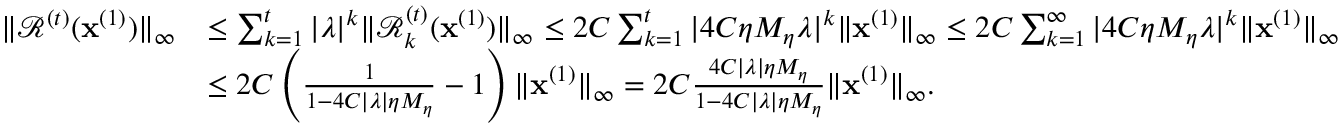
\begin{array} { r l } { \| \mathcal { R } ^ { ( t ) } ( \mathbf { x } ^ { ( 1 ) } ) \| _ { \infty } } & { \leq \sum _ { k = 1 } ^ { t } | \lambda | ^ { k } \| \mathcal { R } _ { k } ^ { ( t ) } ( \mathbf { x } ^ { ( 1 ) } ) \| _ { \infty } \leq 2 C \sum _ { k = 1 } ^ { t } | 4 C \eta M _ { \eta } \lambda | ^ { k } \| \mathbf { x } ^ { ( 1 ) } \| _ { \infty } \leq 2 C \sum _ { k = 1 } ^ { \infty } | 4 C \eta M _ { \eta } \lambda | ^ { k } \| \mathbf { x } ^ { ( 1 ) } \| _ { \infty } } \\ & { \leq 2 C \left( \frac { 1 } { 1 - 4 C | \lambda | \eta M _ { \eta } } - 1 \right) \| \mathbf { x } ^ { ( 1 ) } \| _ { \infty } = 2 C \frac { 4 C | \lambda | \eta M _ { \eta } } { 1 - 4 C | \lambda | \eta M _ { \eta } } \| \mathbf { x } ^ { ( 1 ) } \| _ { \infty } . } \end{array}